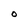
Character: O